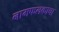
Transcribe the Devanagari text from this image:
नामफलकाचा